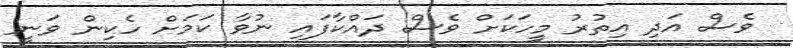
ވެސް އަދި އިތުރު މީހަކަށް ވެސް ދައްކާފައި ނުވާ ކަމަށް ހެކިން ވަނީ